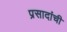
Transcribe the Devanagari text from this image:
प्रसादांची